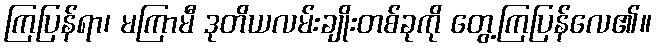
ကြပြန်ရာ၊ မကြာမီ ဒုတိယလမ်းချိုးတစ်ခုကို တွေ့ကြပြန်လေ၏။